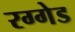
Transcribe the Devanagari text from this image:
रग्गेड